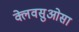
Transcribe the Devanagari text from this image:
क्लेवसुओसा